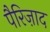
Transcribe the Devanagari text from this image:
पैरिज़ाद